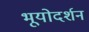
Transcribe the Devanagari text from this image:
भूयोदर्शन